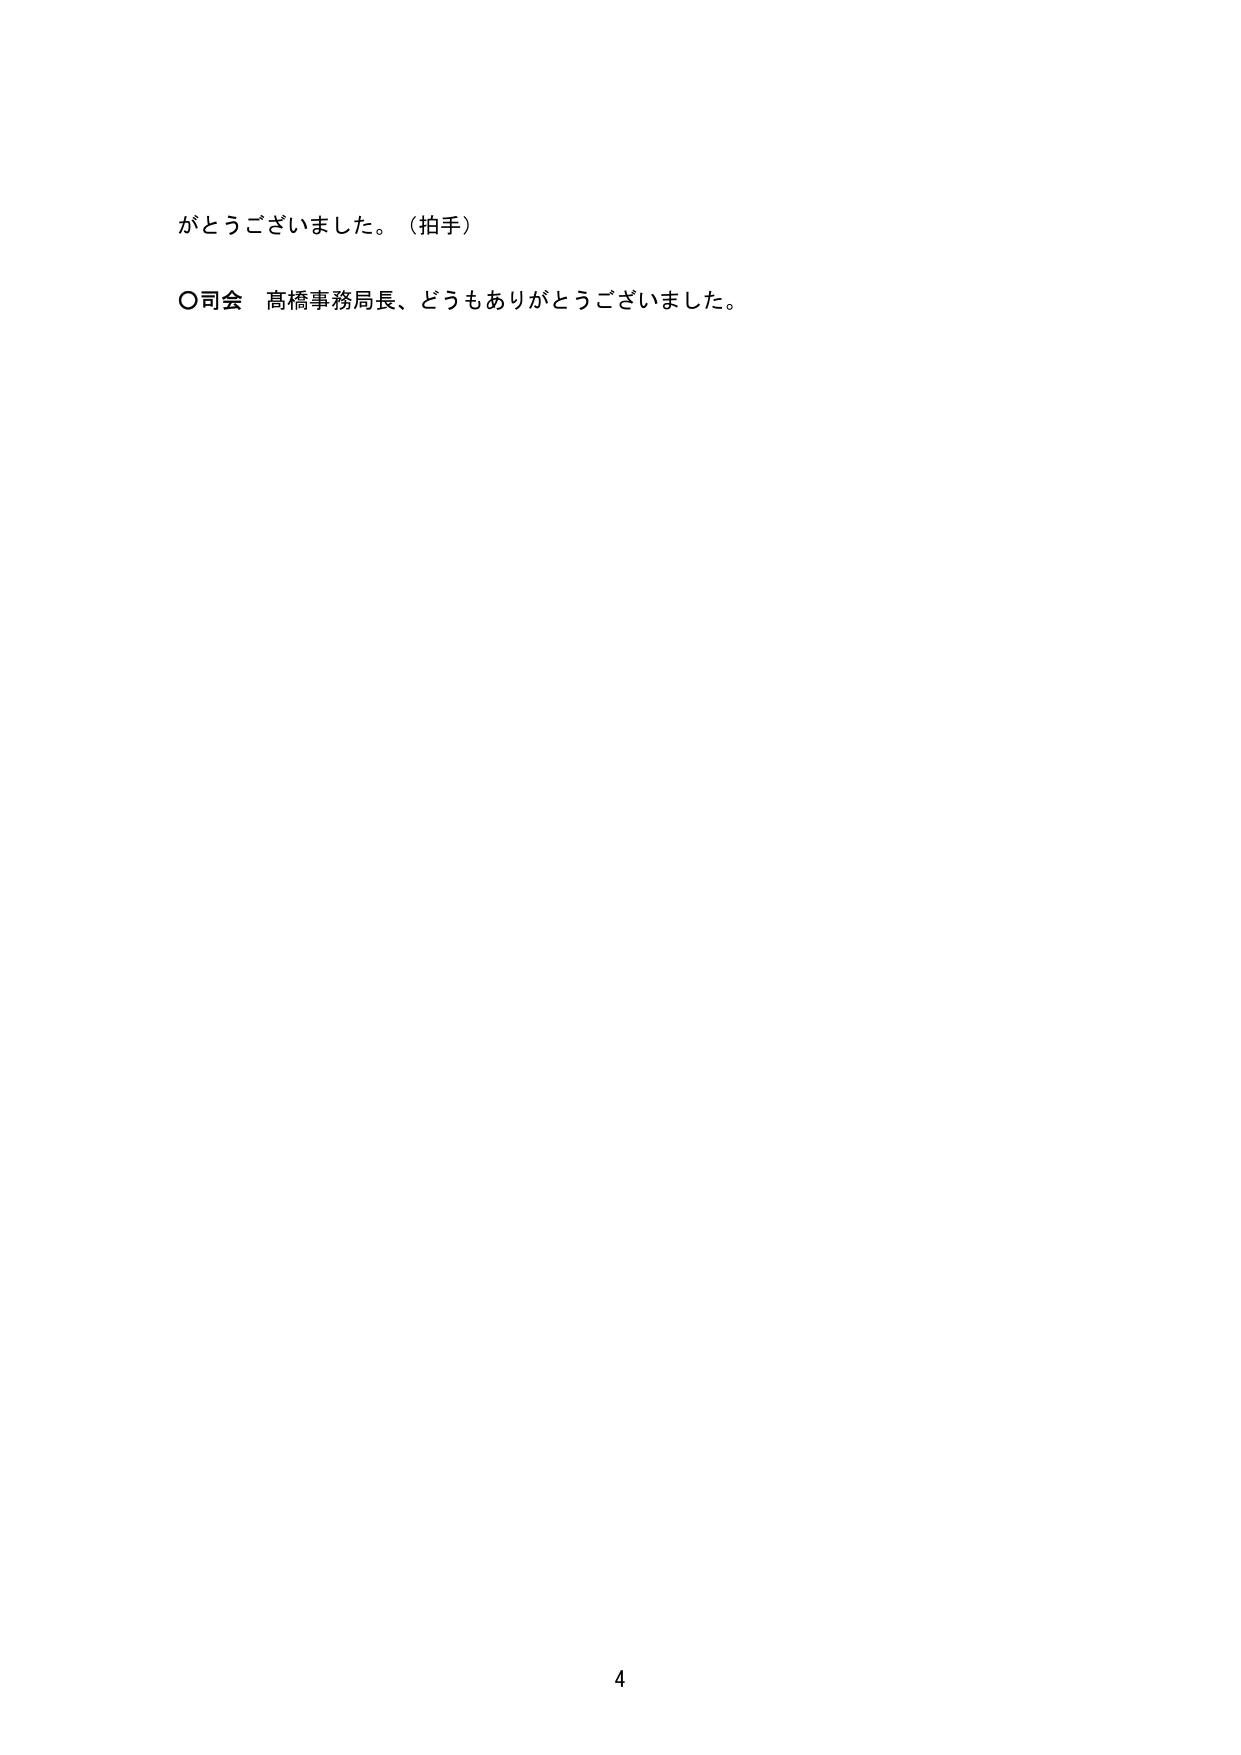
がとうございました。（拍手）

〇司会 高橋事務局長、どうもありがとうございました。

4